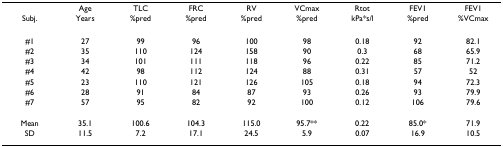
<table><thead><tr><td></td><td><b>Age</b></td><td><b>TLC</b></td><td><b>FRC</b></td><td><b>RV</b></td><td><b>VCmax</b></td><td><b>Rtot</b></td><td><b>FEV1</b></td><td><b>FEV1</b></td></tr><tr><td><b>Subj.</b></td><td><b>Years</b></td><td><b>%pred</b></td><td><b>%pred</b></td><td><b>%pred</b></td><td><b>%pred</b></td><td><b>kPa*s/l</b></td><td><b>%pred</b></td><td><b>%VCmax</b></td></tr></thead><tbody><tr><td>#1</td><td>27</td><td>99</td><td>96</td><td>100</td><td>98</td><td>0.18</td><td>92</td><td>82.1</td></tr><tr><td>#2</td><td>35</td><td>110</td><td>124</td><td>158</td><td>90</td><td>0.3</td><td>68</td><td>65.9</td></tr><tr><td>#3</td><td>34</td><td>101</td><td>111</td><td>118</td><td>96</td><td>0.22</td><td>85</td><td>71.2</td></tr><tr><td>#4</td><td>42</td><td>98</td><td>112</td><td>124</td><td>88</td><td>0.31</td><td>57</td><td>52</td></tr><tr><td>#5</td><td>23</td><td>110</td><td>121</td><td>126</td><td>105</td><td>0.18</td><td>94</td><td>72.3</td></tr><tr><td>#6</td><td>28</td><td>91</td><td>84</td><td>87</td><td>93</td><td>0.26</td><td>93</td><td>79.9</td></tr><tr><td>#7</td><td>57</td><td>95</td><td>82</td><td>92</td><td>100</td><td>0.12</td><td>106</td><td>79.6</td></tr><tr><td>Mean</td><td>35.1</td><td>100.6</td><td>104.3</td><td>115.0</td><td>95.7**</td><td>0.22</td><td>85.0*</td><td>71.9</td></tr><tr><td>SD</td><td>11.5</td><td>7.2</td><td>17.1</td><td>24.5</td><td>5.9</td><td>0.07</td><td>16.9</td><td>10.5</td></tr></tbody></table>